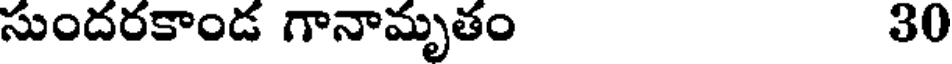
సుందరకాండ గానామృతం 30